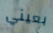
بعيني